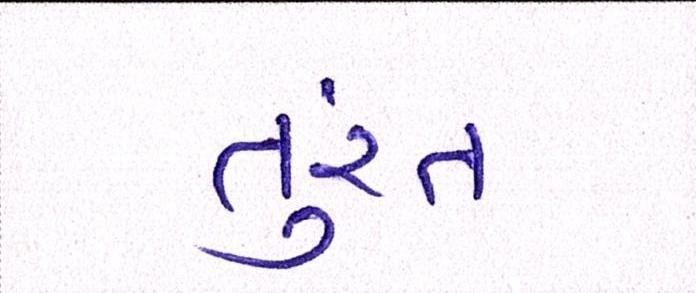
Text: તુરંત